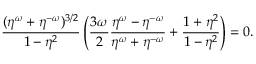
\frac { ( \eta ^ { \omega } + \eta ^ { - \omega } ) ^ { 3 / 2 } } { 1 - \eta ^ { 2 } } \left( \frac { 3 \omega } 2 \frac { \eta ^ { \omega } - \eta ^ { - \omega } } { \eta ^ { \omega } + \eta ^ { - \omega } } + \frac { 1 + \eta ^ { 2 } } { 1 - \eta ^ { 2 } } \right) = 0 .